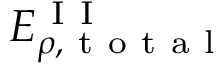
E _ { \rho , \mathrm { ~ t ~ o ~ t ~ a ~ l ~ } } ^ { \mathrm { ~ I ~ I ~ } }